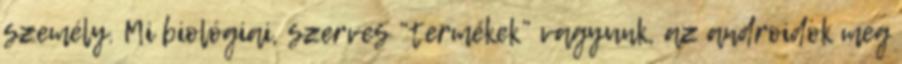
személy. Mi biológiai, szerves “termékek” vagyunk, az androidok meg